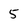
Character: 5